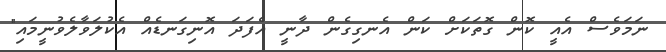
ނަމަވެސް އެއީ ކޮން ގޮތަކަށް ކަން އެނގިގެން ދާނީ އެފަދަ އޮނިގަނޑެއް އެކުލަވާލެވުނީމައި"